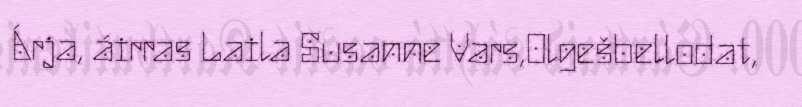
Árja, áirras Laila Susanne Vars,Olgešbellodat,